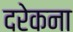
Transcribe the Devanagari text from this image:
दरेकना